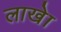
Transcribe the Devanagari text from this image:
लाखेा